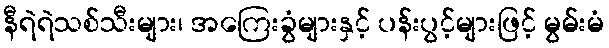
နီရဲရဲသစ်သီးများ၊ အကြေးခွံများနှင့် ပန်းပွင့်များဖြင့် မွမ်းမံ